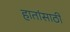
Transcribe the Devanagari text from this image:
हातांसाठी